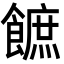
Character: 䭖